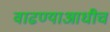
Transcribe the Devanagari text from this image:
वाढण्याआधीच